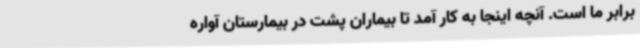
برابر ما است. آنچه اینجا به کار آمد تا بیماران پشت در بیمارستان آواره